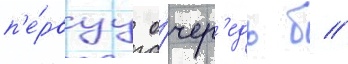
п'е́рвуу о́чер'едь б //